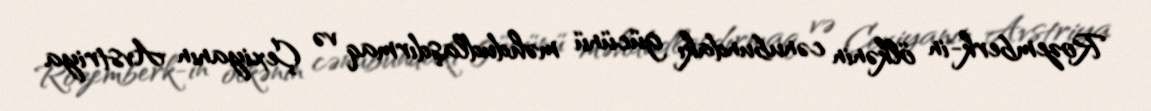
Rozemberk-in ölkənin cənubundakı gücünü məhdudlaşdırmaq və Çexiyanın Avstriya